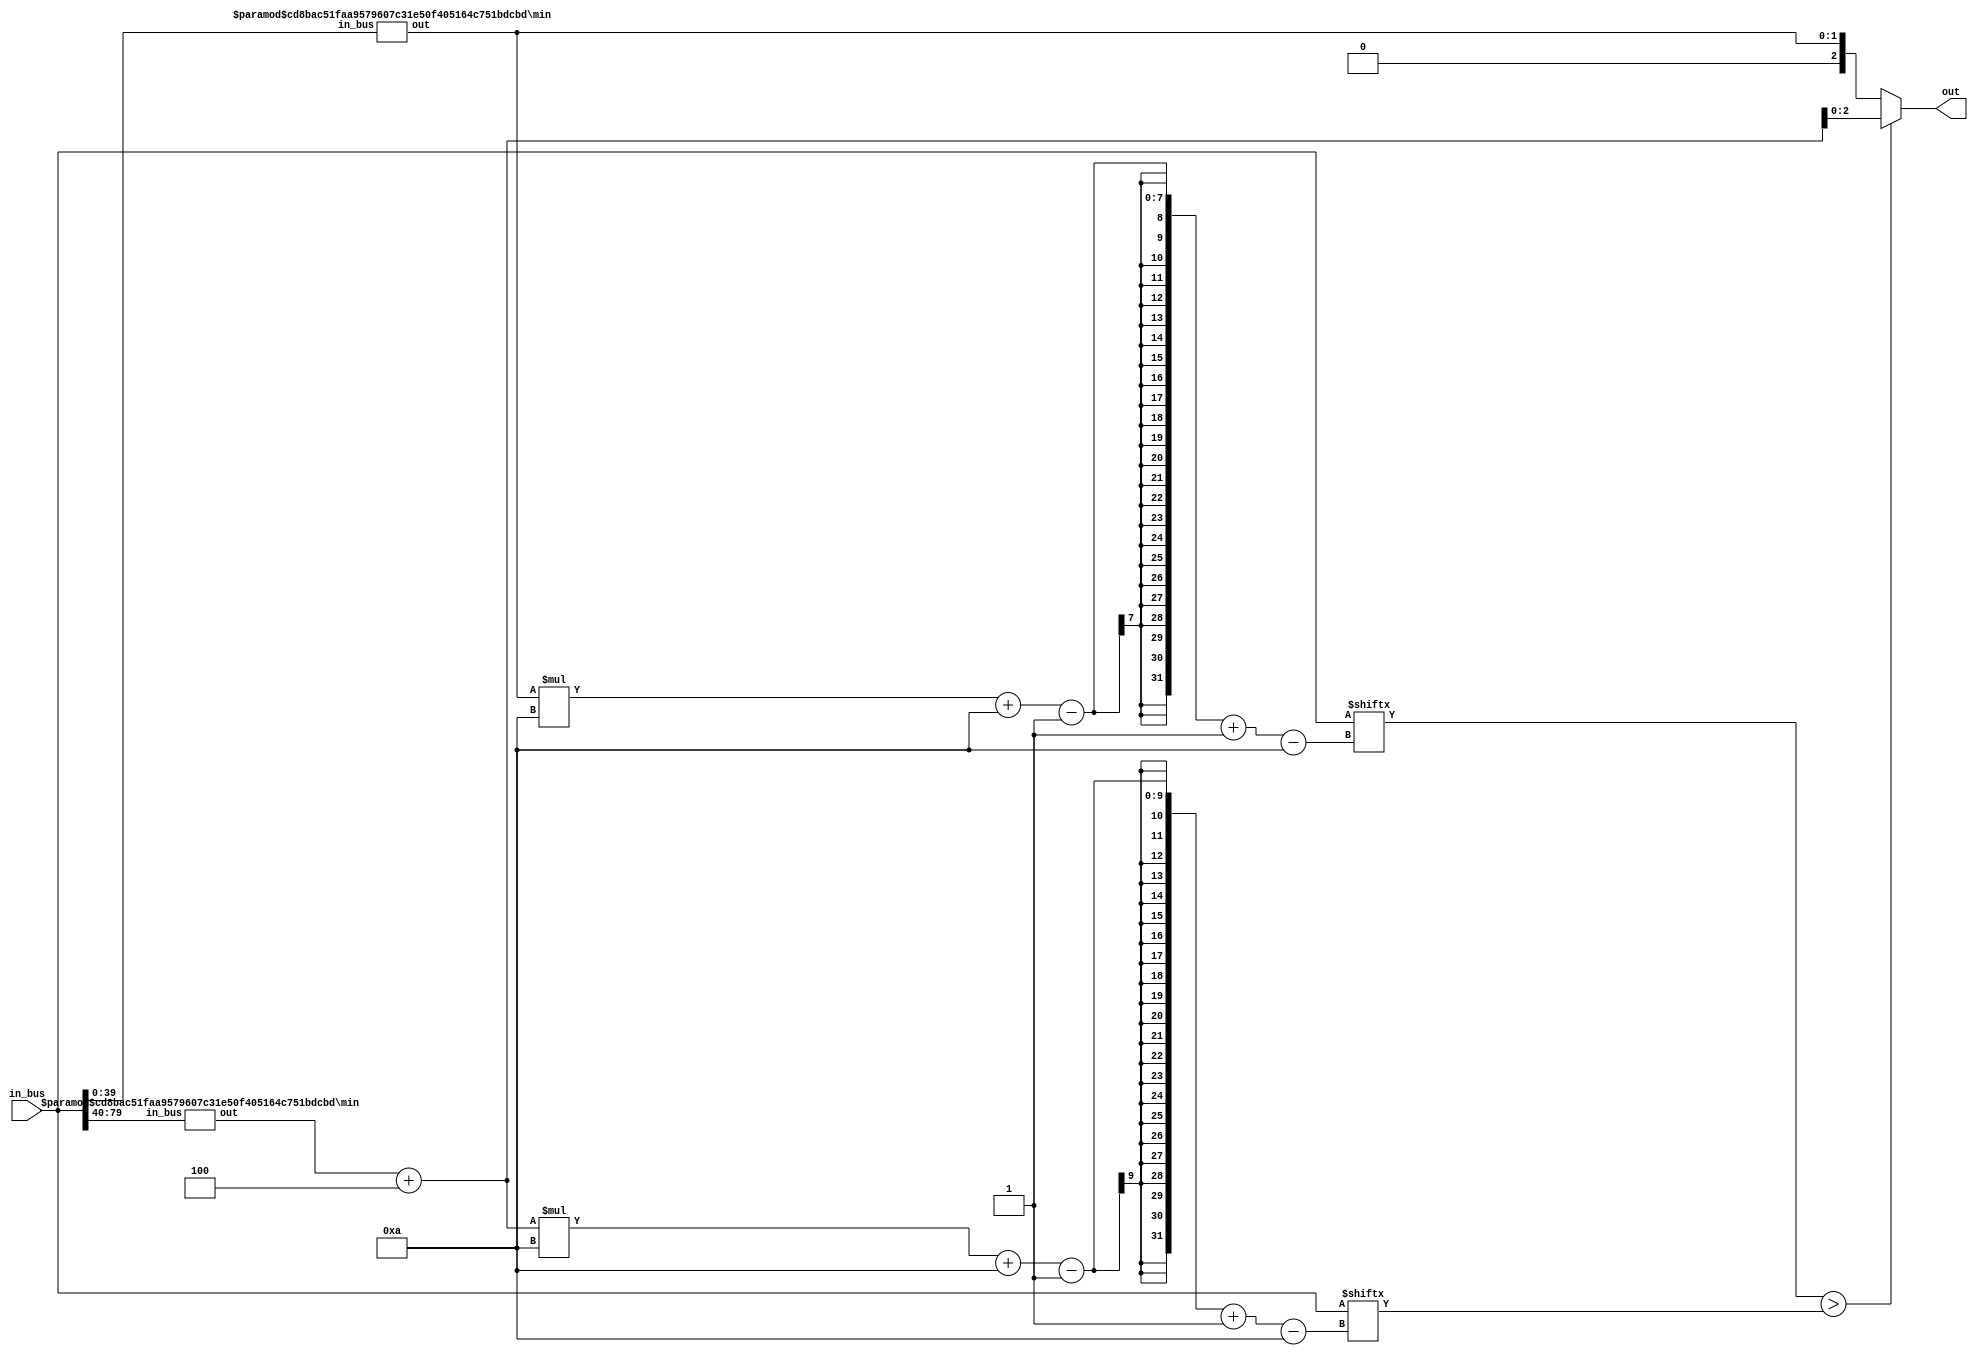
module min(
    input [2**WIDTH*LENGTH-1:0] in_bus,
    output reg[WIDTH-1:0] out
);
    parameter WIDTH = 3;// 8 object
    parameter LENGTH = 10;

    generate 
    if(WIDTH==1)begin
        always @(*) begin
            if(in_bus[2*LENGTH-1:LENGTH]>=in_bus[LENGTH-1:0])
                out = 1'b0;
            else out = 1'b1; 
        end
    end
    else begin
        wire [WIDTH-2:0] min_0;
        wire [WIDTH-2:0] min_1;
        min #(.WIDTH(WIDTH-1),.LENGTH(LENGTH)) sub_module_1(.in_bus(in_bus[2**(WIDTH)*LENGTH-1:2**(WIDTH-1)*LENGTH]),.out(min_1));
        min #(.WIDTH(WIDTH-1),.LENGTH(LENGTH)) sub_module_0(.in_bus(in_bus[2**(WIDTH-1)*LENGTH-1:0]),.out(min_0));
        always @(*) begin
            if(in_bus[min_0*LENGTH+LENGTH-1 -: LENGTH] > in_bus[(min_1+2**(WIDTH-1))*LENGTH+LENGTH-1 -: LENGTH])
                out = min_1 + 2**(WIDTH-1);
            else out = min_0;    
        end
    end
    endgenerate
     
endmodule